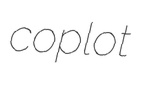
coplot